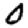
Digit: 0